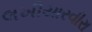
લખીયારવીરા